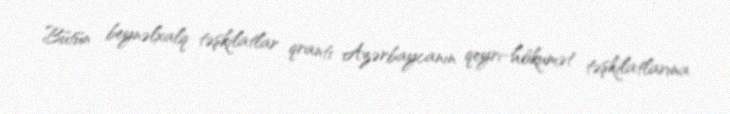
Bütün beynəlxalq təşkilatlar qrantı Azərbaycanın qeyri-hökumət təşkilatlarına